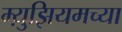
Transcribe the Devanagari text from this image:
म्य़ुझियमच्या